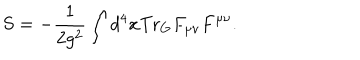
S = - \frac { 1 } { 2 g ^ { 2 } } \int d ^ { 4 } x \mathrm { T r } _ { G } F _ { \mu \nu } F ^ { \mu \nu } .